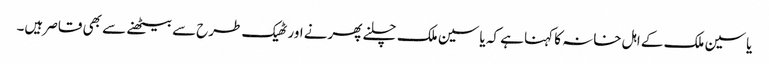
یاسین ملک کے اہل خانہ کا کہنا ہے کہ یاسین ملک چلنے پھرنے اور ٹھیک طرح سے بیٹھنے سے بھی قاصر ہیں۔